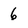
Character: 6